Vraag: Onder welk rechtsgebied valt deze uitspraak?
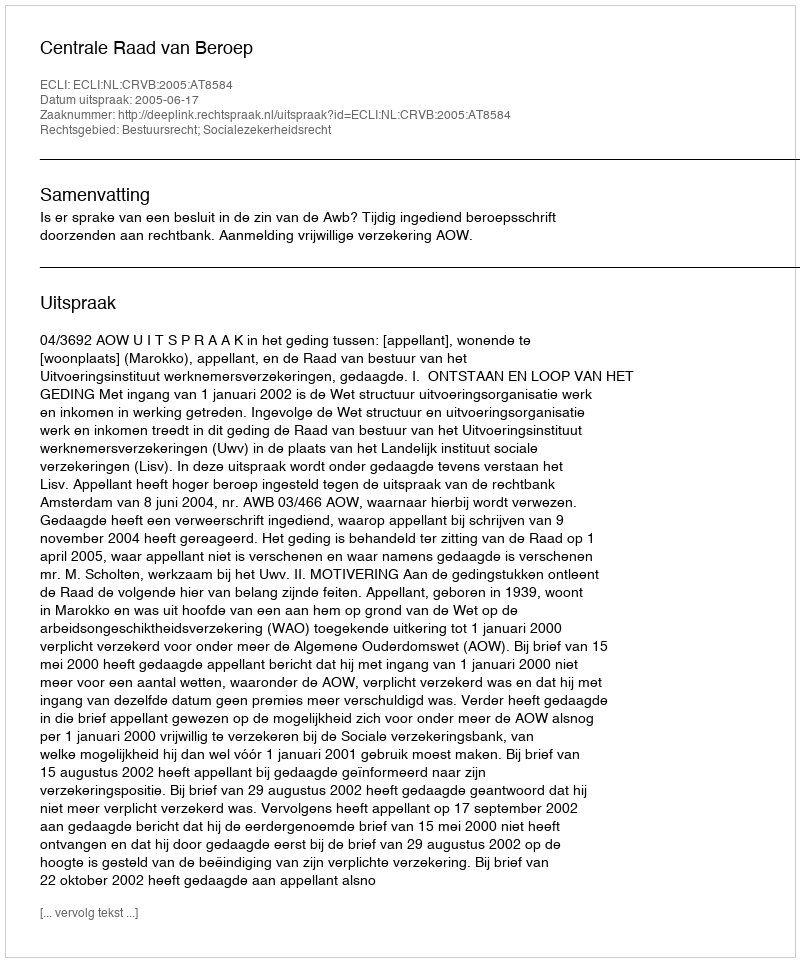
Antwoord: Bestuursrecht; Socialezekerheidsrecht